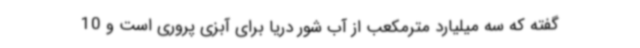
گفته که سه میلیارد مترمکعب از آب شور دریا برای آبزی پروری است و 10